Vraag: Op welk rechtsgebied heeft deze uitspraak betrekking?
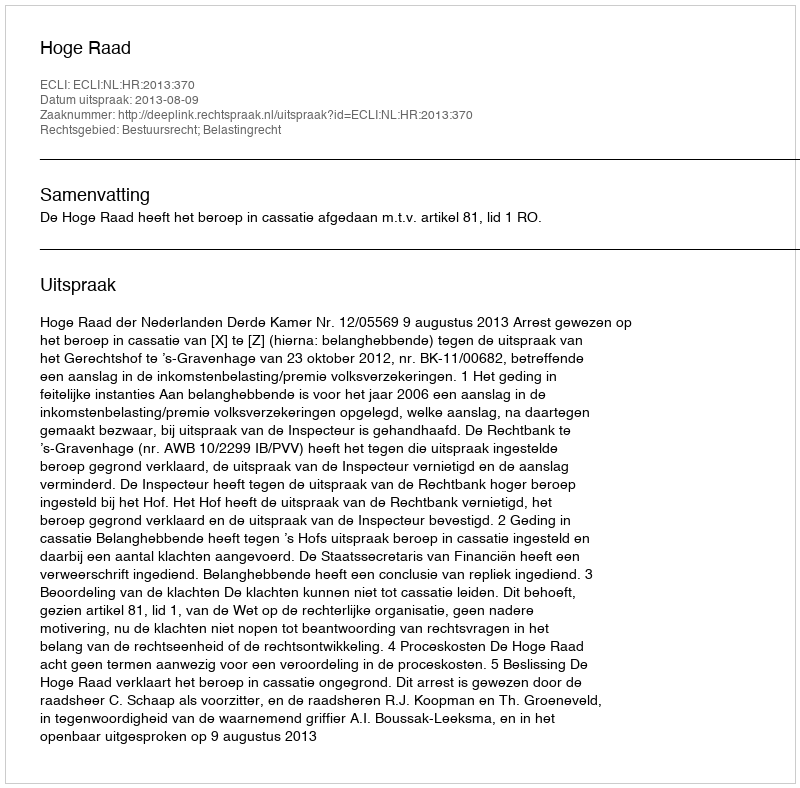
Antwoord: Bestuursrecht; Belastingrecht